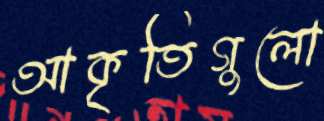
আকৃতিগুলো